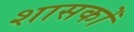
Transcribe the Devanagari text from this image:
शासकोँ